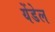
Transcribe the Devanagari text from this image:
येंडेल